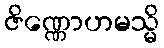
ဇိဏ္ဏောဟမသ္မိ